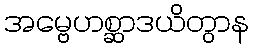
အမ္ဗေဟစ္ဆာဒယိတွာန